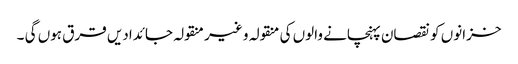
خزانوں کو نقصان پہنچانے والوں کی منقولہ و غیر منقولہ جائدادیں قرق ہوں گی ۔